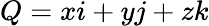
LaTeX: Q=xi+yj+zk